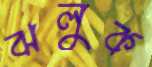
ঝলুক